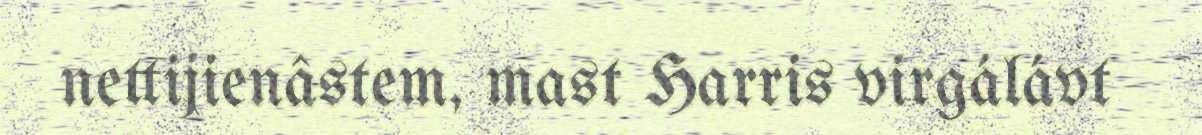
nettijienâstem, mast Harris virgálávt